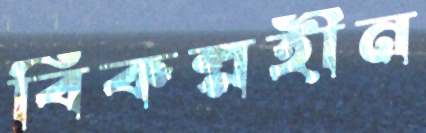
বিকল্পহীন